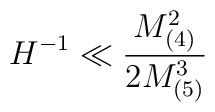
H^{-1}\ll \frac{M^{2}_{(4)}}{2M^{3}_{(5)}}